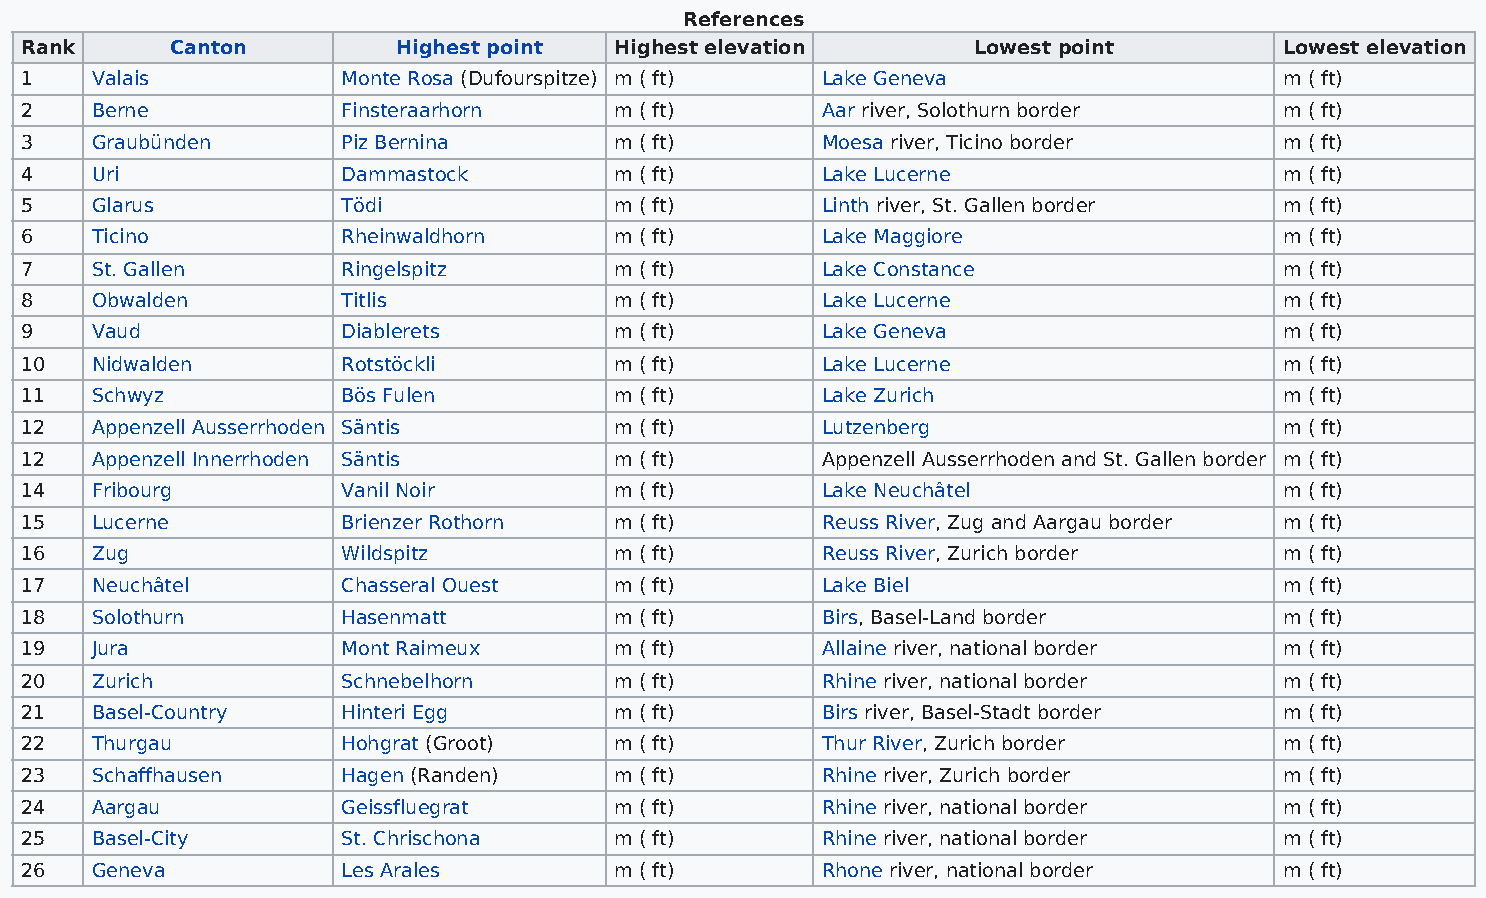
References
 Rank      Canton         Highest point  Highest elevation      Lowest point         Lowest elevation
 1    Valais           Monte Rosa (Dufourspitze) m ( ft) Lake Geneva                 m ( ft)
 2    Berne            Finsteraarhorn    m ( ft)      Aar river, Solothurn border    m ( ft)
 3    Graubünden       Piz Bernina       m ( ft)      Moesa river, Ticino border     m ( ft)
 4    Uri              Dammastock        m ( ft)      Lake Lucerne                   m ( ft)
 5    Glarus           Tödi              m ( ft)      Linth river, St. Gallen border m ( ft)
 6    Ticino           Rheinwaldhorn     m ( ft)      Lake Maggiore                  m ( ft)
 7    St. Gallen       Ringelspitz       m ( ft)      Lake Constance                 m ( ft)
 8    Obwalden         Titlis            m ( ft)      Lake Lucerne                   m ( ft)
 9    Vaud             Diablerets        m ( ft)      Lake Geneva                    m ( ft)
 10   Nidwalden        Rotstöckli        m ( ft)      Lake Lucerne                   m ( ft)
 11   Schwyz           Bös Fulen         m ( ft)      Lake Zurich                    m ( ft)
 12   Appenzell Ausserrhoden Säntis      m ( ft)      Lutzenberg                     m ( ft)
 12   Appenzell Innerrhoden Säntis       m ( ft)      Appenzell Ausserrhoden and St. Gallen border m ( ft)
 14   Fribourg         Vanil Noir        m ( ft)      Lake Neuchâtel                 m ( ft)
 15   Lucerne          Brienzer Rothorn  m ( ft)      Reuss River, Zug and Aargau border m ( ft)
 16   Zug              Wildspitz         m ( ft)      Reuss River, Zurich border     m ( ft)
 17   Neuchâtel        Chasseral Ouest   m ( ft)      Lake Biel                      m ( ft)
 18   Solothurn        Hasenmatt         m ( ft)      Birs, Basel-Land border        m ( ft)
 19   Jura             Mont Raimeux      m ( ft)      Allaine river, national border m ( ft)
 20   Zurich           Schnebelhorn      m ( ft)      Rhine river, national border   m ( ft)
 21   Basel-Country    Hinteri Egg       m ( ft)      Birs river, Basel-Stadt border m ( ft)
 22   Thurgau          Hohgrat (Groot)   m ( ft)      Thur River, Zurich border      m ( ft)
 23   Schaffhausen     Hagen (Randen)    m ( ft)      Rhine river, Zurich border     m ( ft)
 24   Aargau           Geissfluegrat     m ( ft)      Rhine river, national border   m ( ft)
 25   Basel-City       St. Chrischona    m ( ft)      Rhine river, national border   m ( ft)
 26   Geneva           Les Arales        m ( ft)      Rhone river, national border   m ( ft)